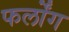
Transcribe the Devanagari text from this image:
फर्लोंग